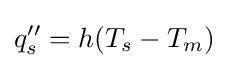
{q''_{s}=h(T_{s}-T_{m})}